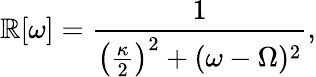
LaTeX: \mathbb{R}[\omega]=\frac{{1}}{{\left(\frac{{\kappa}}{{2}}\right)^{2}+\left(\omega-\Omega\right){}^{2}}},